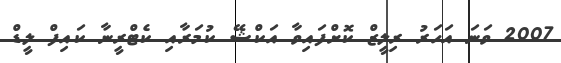
2007 ވަނަ އަހަރު ރިލީޒް ކޮށްފައިވާ އަކްޝޭ ކުމަރާއި ކެޓްރީނާ ކައިފް ލީޑް